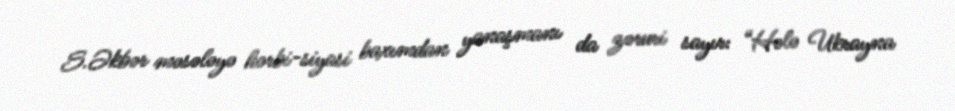
S.Əkbər məsələyə hərbi-siyasi baxımdan yanaşmanı da zəruri sayır: “Hələ Ukrayna